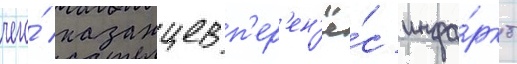
чего́ казанцев п'ер'ен'ё́с инфа́ркт